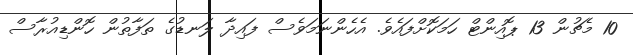
10 މެޗުން 13 ޕޮއިންޓް ހަމަކޮށްފައެވެ. އެހެންނަމަވެސް ފައިދާ ލަނޑުގެ ތަފާތުން ހޮންޑިއުރާސް